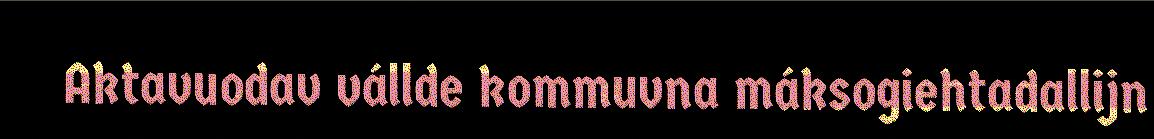
Aktavuodav vállde kommuvna máksogiehtadallijn